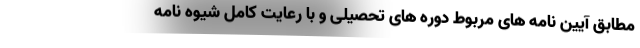
مطابق آیین نامه های مربوط دوره های تحصیلی و با رعایت کامل شیوه نامه